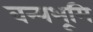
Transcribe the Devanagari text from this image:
वन्यभूमि